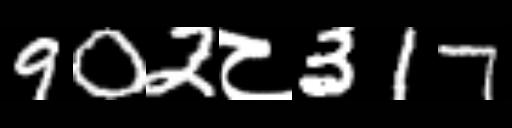
Text: 902८317